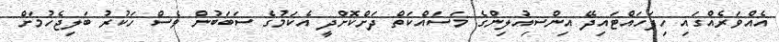
އެއްވަރެއްގައި ހިފަހައްޓައިދޭ އިންސިއުލިންގެ މަސައްކަތް ދަށްކޮށްދީ އެކަމުގެ ސަބަބުން ވެސް ހަކުރު ބަލިޖެހުމަށް